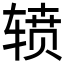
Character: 𮝷